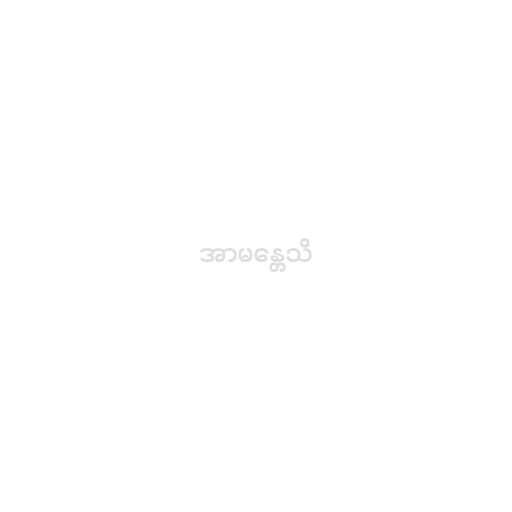
အာမန္တေသိ